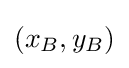
(x_{B},y_{B})